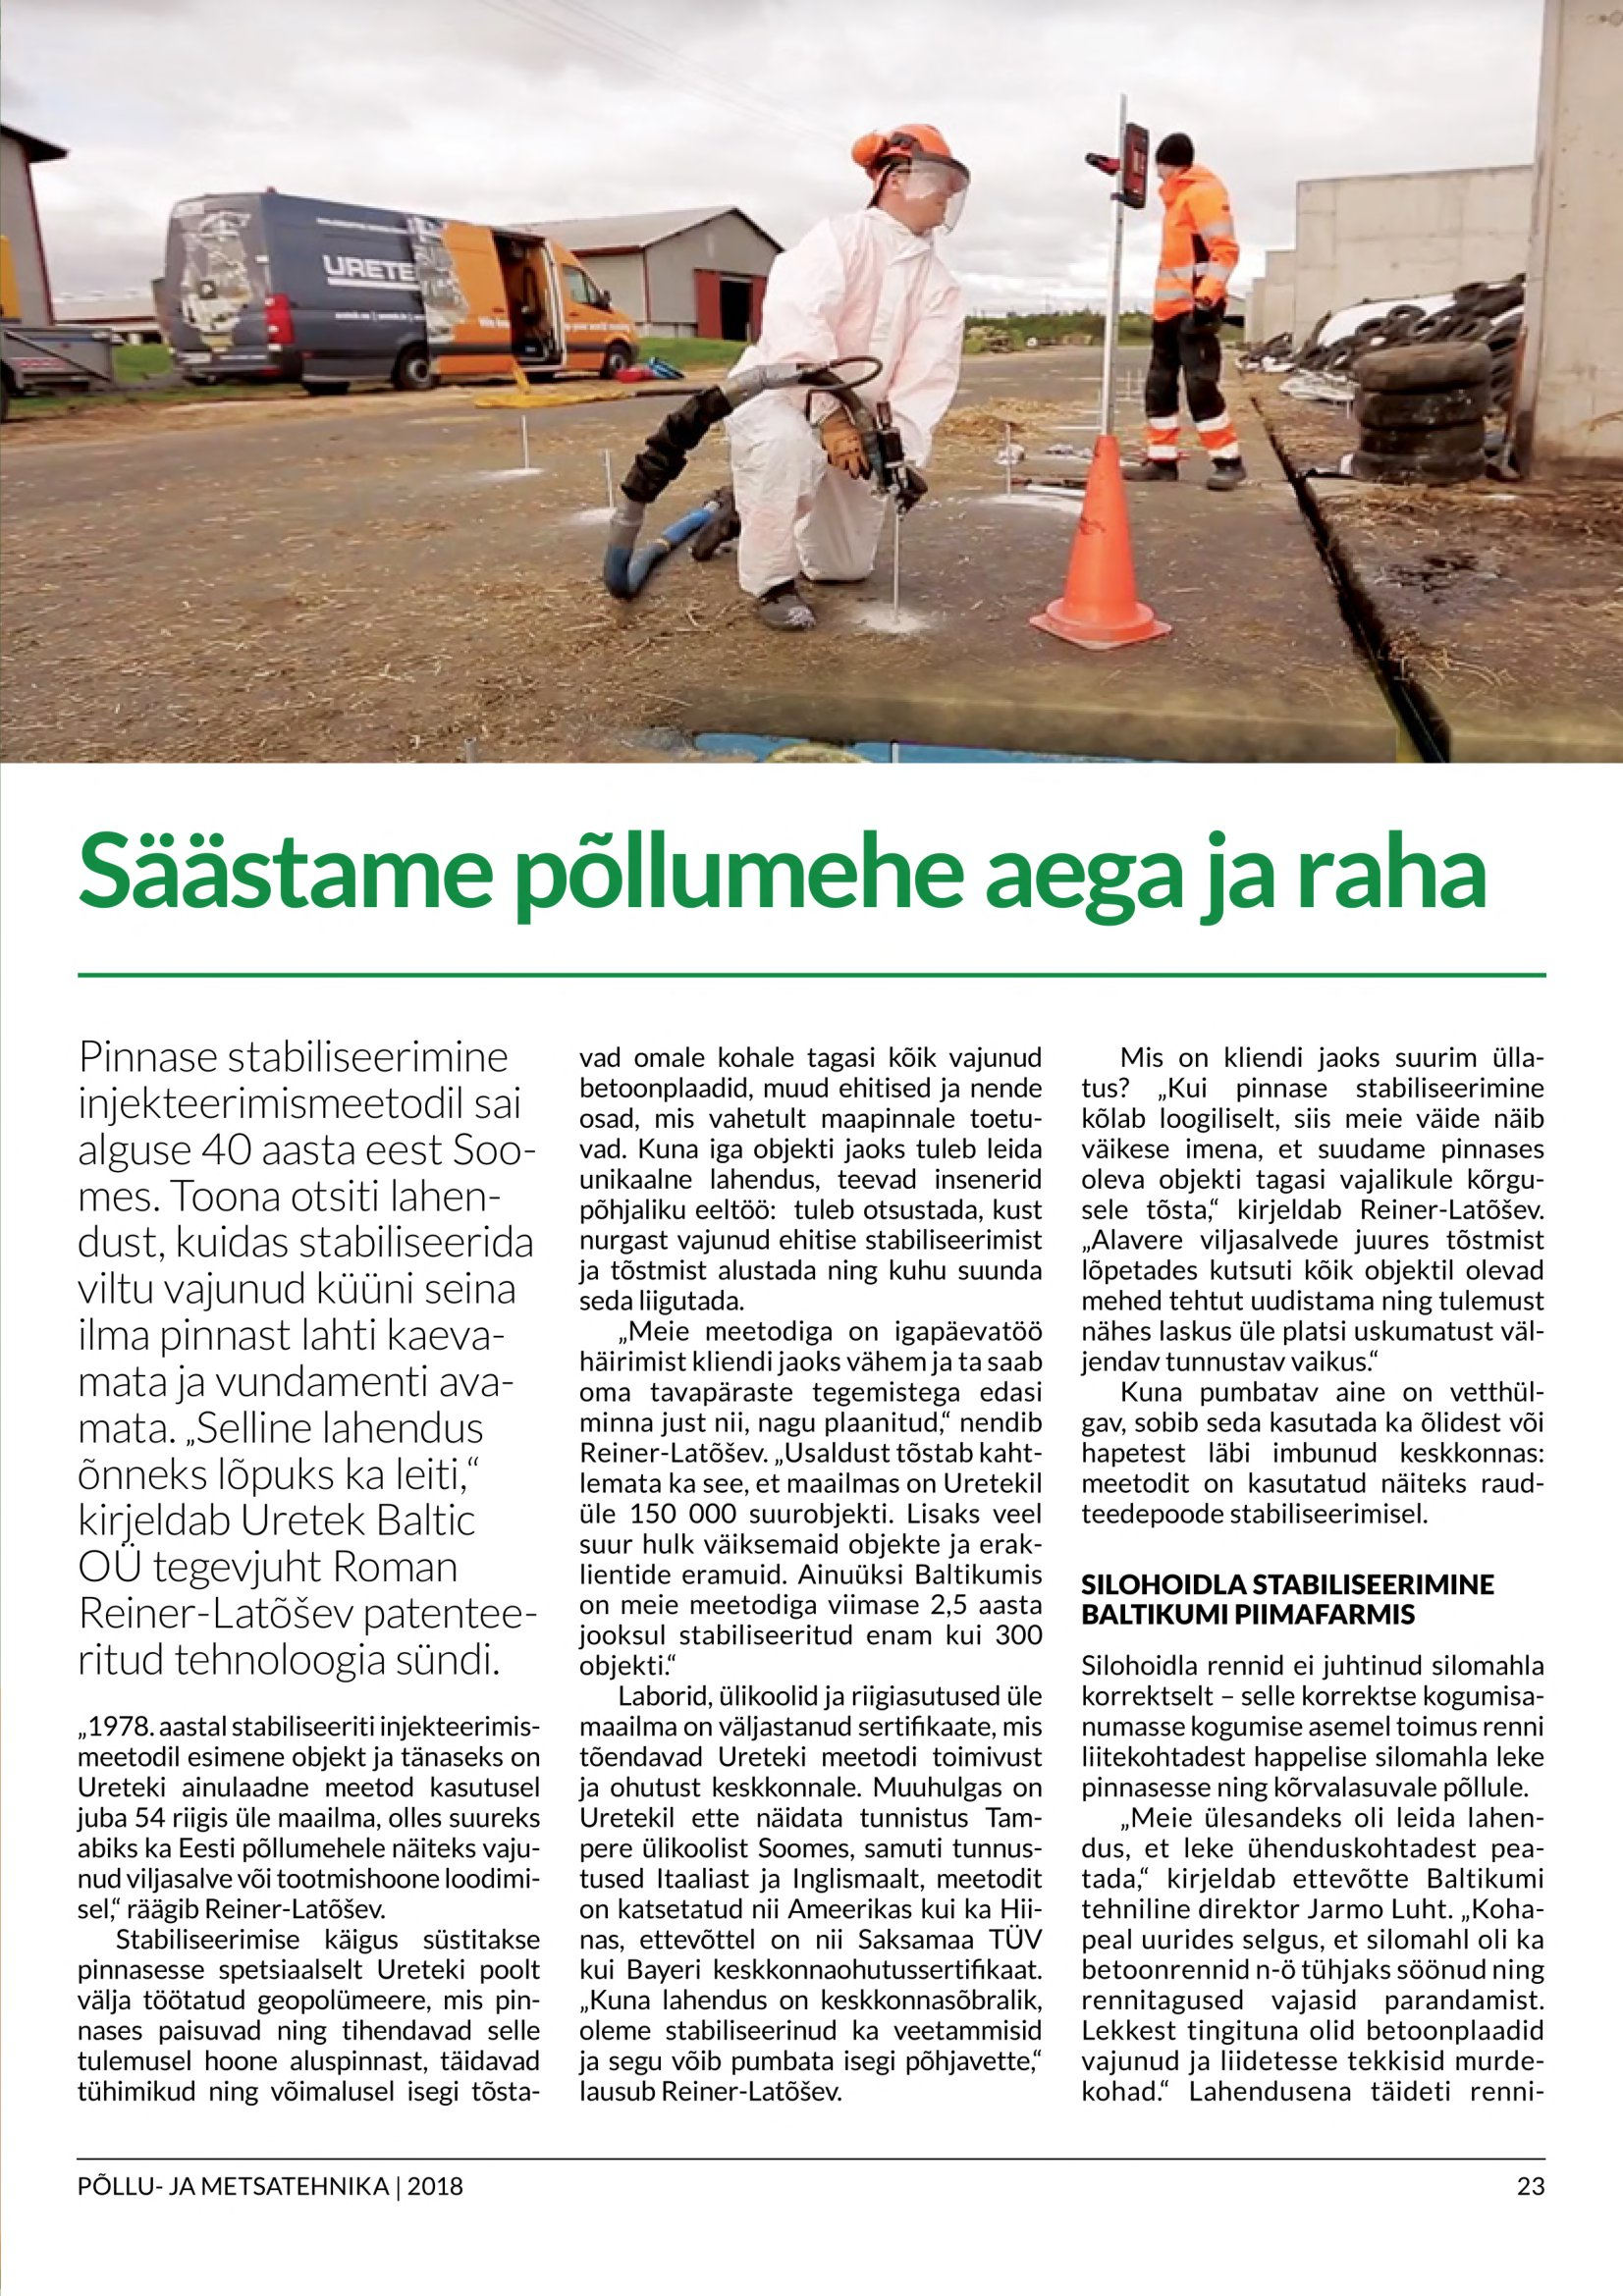
Language: et